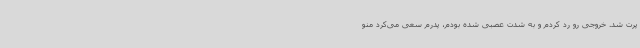
پرت شد. خروجی رو رد کردم و به شدت عصبی شده بودم، پدرم سعی می‌کرد منو